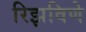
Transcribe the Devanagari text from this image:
रिझविणे